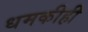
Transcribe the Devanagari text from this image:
धमकीही